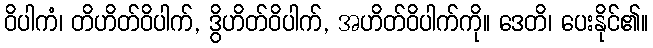
ဝိပါကံ၊ တိဟိတ်ဝိပါက်, ဒွိဟိတ်ဝိပါက်, အဟိတ်ဝိပါက်ကို။ ဒေတိ၊ ပေးနိုင်၏။